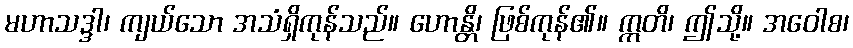
မဟာသဒ္ဒါ၊ ကျယ်သော အသံရှိကုန်သည်။ ဟောန္တိ၊ ဖြစ်ကုန်၏။ ဣတိ၊ ဤသို့။ အဝေါစ၊